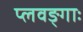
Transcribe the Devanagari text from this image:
प्लवङ्गाः